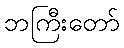
ဘကြီးတော်